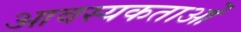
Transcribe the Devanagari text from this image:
आवस्यकताओं